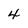
Character: 4